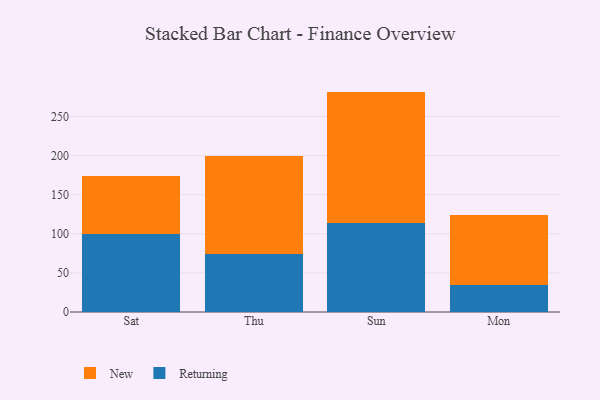
{"axis": {"x": "Day", "y": "Production Output"}, "legend": ["New", "Returning"], "data": [{"x": "Sat", "y": 100.0, "type": "Returning"}, {"x": "Sat", "y": 74.3, "type": "New"}, {"x": "Thu", "y": 74.5, "type": "Returning"}, {"x": "Thu", "y": 124.9, "type": "New"}, {"x": "Sun", "y": 113.7, "type": "Returning"}, {"x": "Sun", "y": 168.2, "type": "New"}, {"x": "Mon", "y": 35.0, "type": "Returning"}, {"x": "Mon", "y": 88.5, "type": "New"}]}